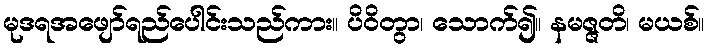
မုဒရအဖျော်ရည်ပေါင်းသည်ကား။ ပိဝိတွာ၊ သောက်၍။ နမဇ္ဇတိ၊ မယစ်။